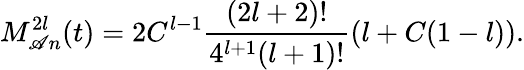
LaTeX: M_{\mathscr{A}n}^{2l}(t)=2C^{l-1}\frac{{(2l+2)!}}{{4^{l+1}(l+1)!}}\left(l+C(1-l)\right).